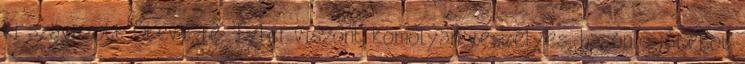
ki szavazott Steve-re. Tyler viszont komolyan veszélyes, hasonló játékot